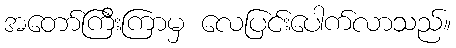
အတော်ကြီးကြာမှ လေပြင်းပေါက်လာသည်။